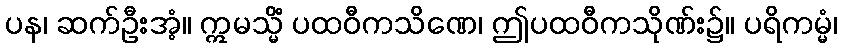
ပန၊ ဆက်ဦးအံ့။ ဣမသ္မိံ ပထဝီကသိဏေ၊ ဤပထဝီကသိုဏ်း၌။ ပရိကမ္မံ၊